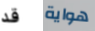
قد هواية